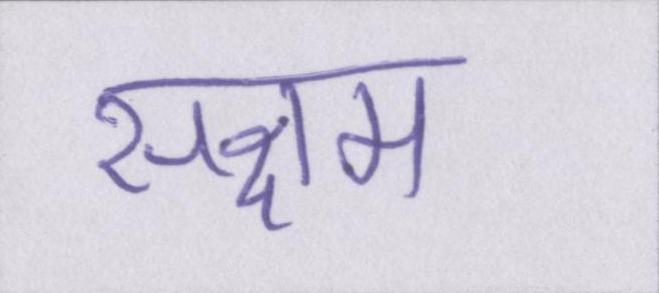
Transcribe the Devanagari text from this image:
सक्षम